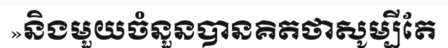
»និងមួយចំនួនបានគិតថាសូម្បីតែ